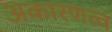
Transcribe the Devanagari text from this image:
अकारणत्व